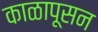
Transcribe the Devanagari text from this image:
काळापूसन